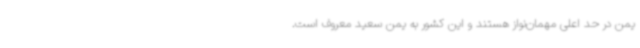
یمن در حد اعلی مهمان‌نواز هستند و این کشور به یمن سعید معروف است.